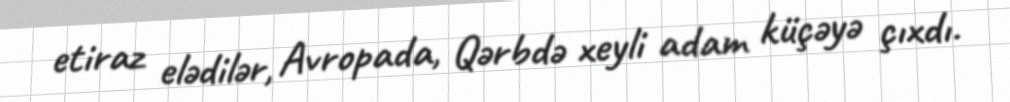
etiraz elədilər, Avropada, Qərbdə xeyli adam küçəyə çıxdı.